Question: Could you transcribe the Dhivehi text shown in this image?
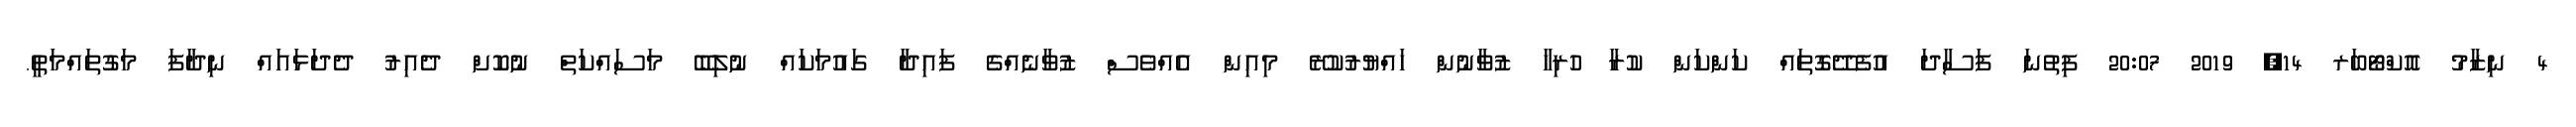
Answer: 4 ނިޒާމު އޮކްޓޯބަރ 14, 2019 20:07 ފިތުނަ ފަސާދަ އުފެދޭގޮތައް ކަންކަން ކުރާ ހުރިހާ ޒުވާނުން ހައްޔުރުކުރޭ މިއިން އެއްވެސް ޒުވާނެއްގެ ފައިދާ ގައުމަކައް ނުލިބޭ މަސައްކަތް ނުކޮށް ދެއިރު ދެދަޅައައް ނިދާފަ މަގުތައްމަތީ.